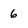
Character: 6